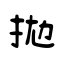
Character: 拋